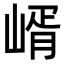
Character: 𡹲